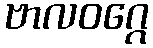
ဗာလဝဂ္ဂေ